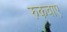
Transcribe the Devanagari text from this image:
रुकवाए